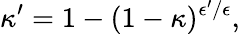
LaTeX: \kappa^{\prime}=1-(1-\kappa)^{\epsilon^{\prime}/\epsilon},